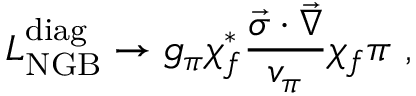
{ \cal { L } } _ { \mathrm { N G B } } ^ { \mathrm { d i a g } } \to g _ { \pi } \chi _ { f } ^ { * } \frac { \vec { \sigma } \cdot \vec { \nabla } } { v _ { \pi } } \chi _ { f } \pi ~ ,